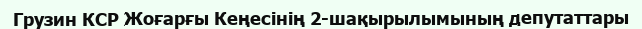
Грузин КСР Жоғарғы Кеңесінің 2-шақырылымының депутаттары